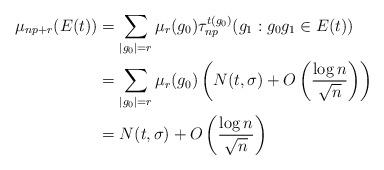
LaTeX: \begin{align*}\mu_{np+r} (E(t)) &= \sum_{|g_0| = r } \mu_r(g_0) \tau_{np}^{t(g_0)}(g_1: g_0g_1 \in E(t))\\&= \sum_{|g_0| = r } \mu_r(g_0) \left(N(t,\sigma) +O\left( \frac{\log n}{\sqrt{n}}\right)\right)\\&= N(t,\sigma) +O\left( \frac{\log n}{\sqrt{n}}\right)\end{align*}